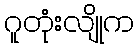
ဂူတုံးလျိုက